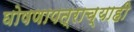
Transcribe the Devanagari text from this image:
घोषणापत्राच्याही